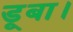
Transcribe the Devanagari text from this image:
डूबा।